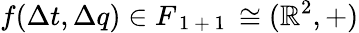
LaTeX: f(\Delta t,\Delta q)\in F_{\mathrm{~1~+~1~}}\cong(\mathbb{R}^{2},+)